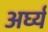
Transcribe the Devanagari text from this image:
अर्घ्यं